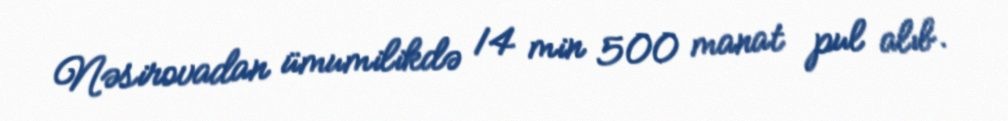
Nəsirovadan ümumilikdə 14 min 500 manat pul alıb.